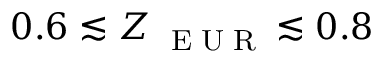
0 . 6 \lesssim Z _ { \mathrm { ~ \tiny ~ E ~ U ~ R ~ } } \lesssim 0 . 8